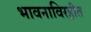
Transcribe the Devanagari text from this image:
भावनाविरहीत